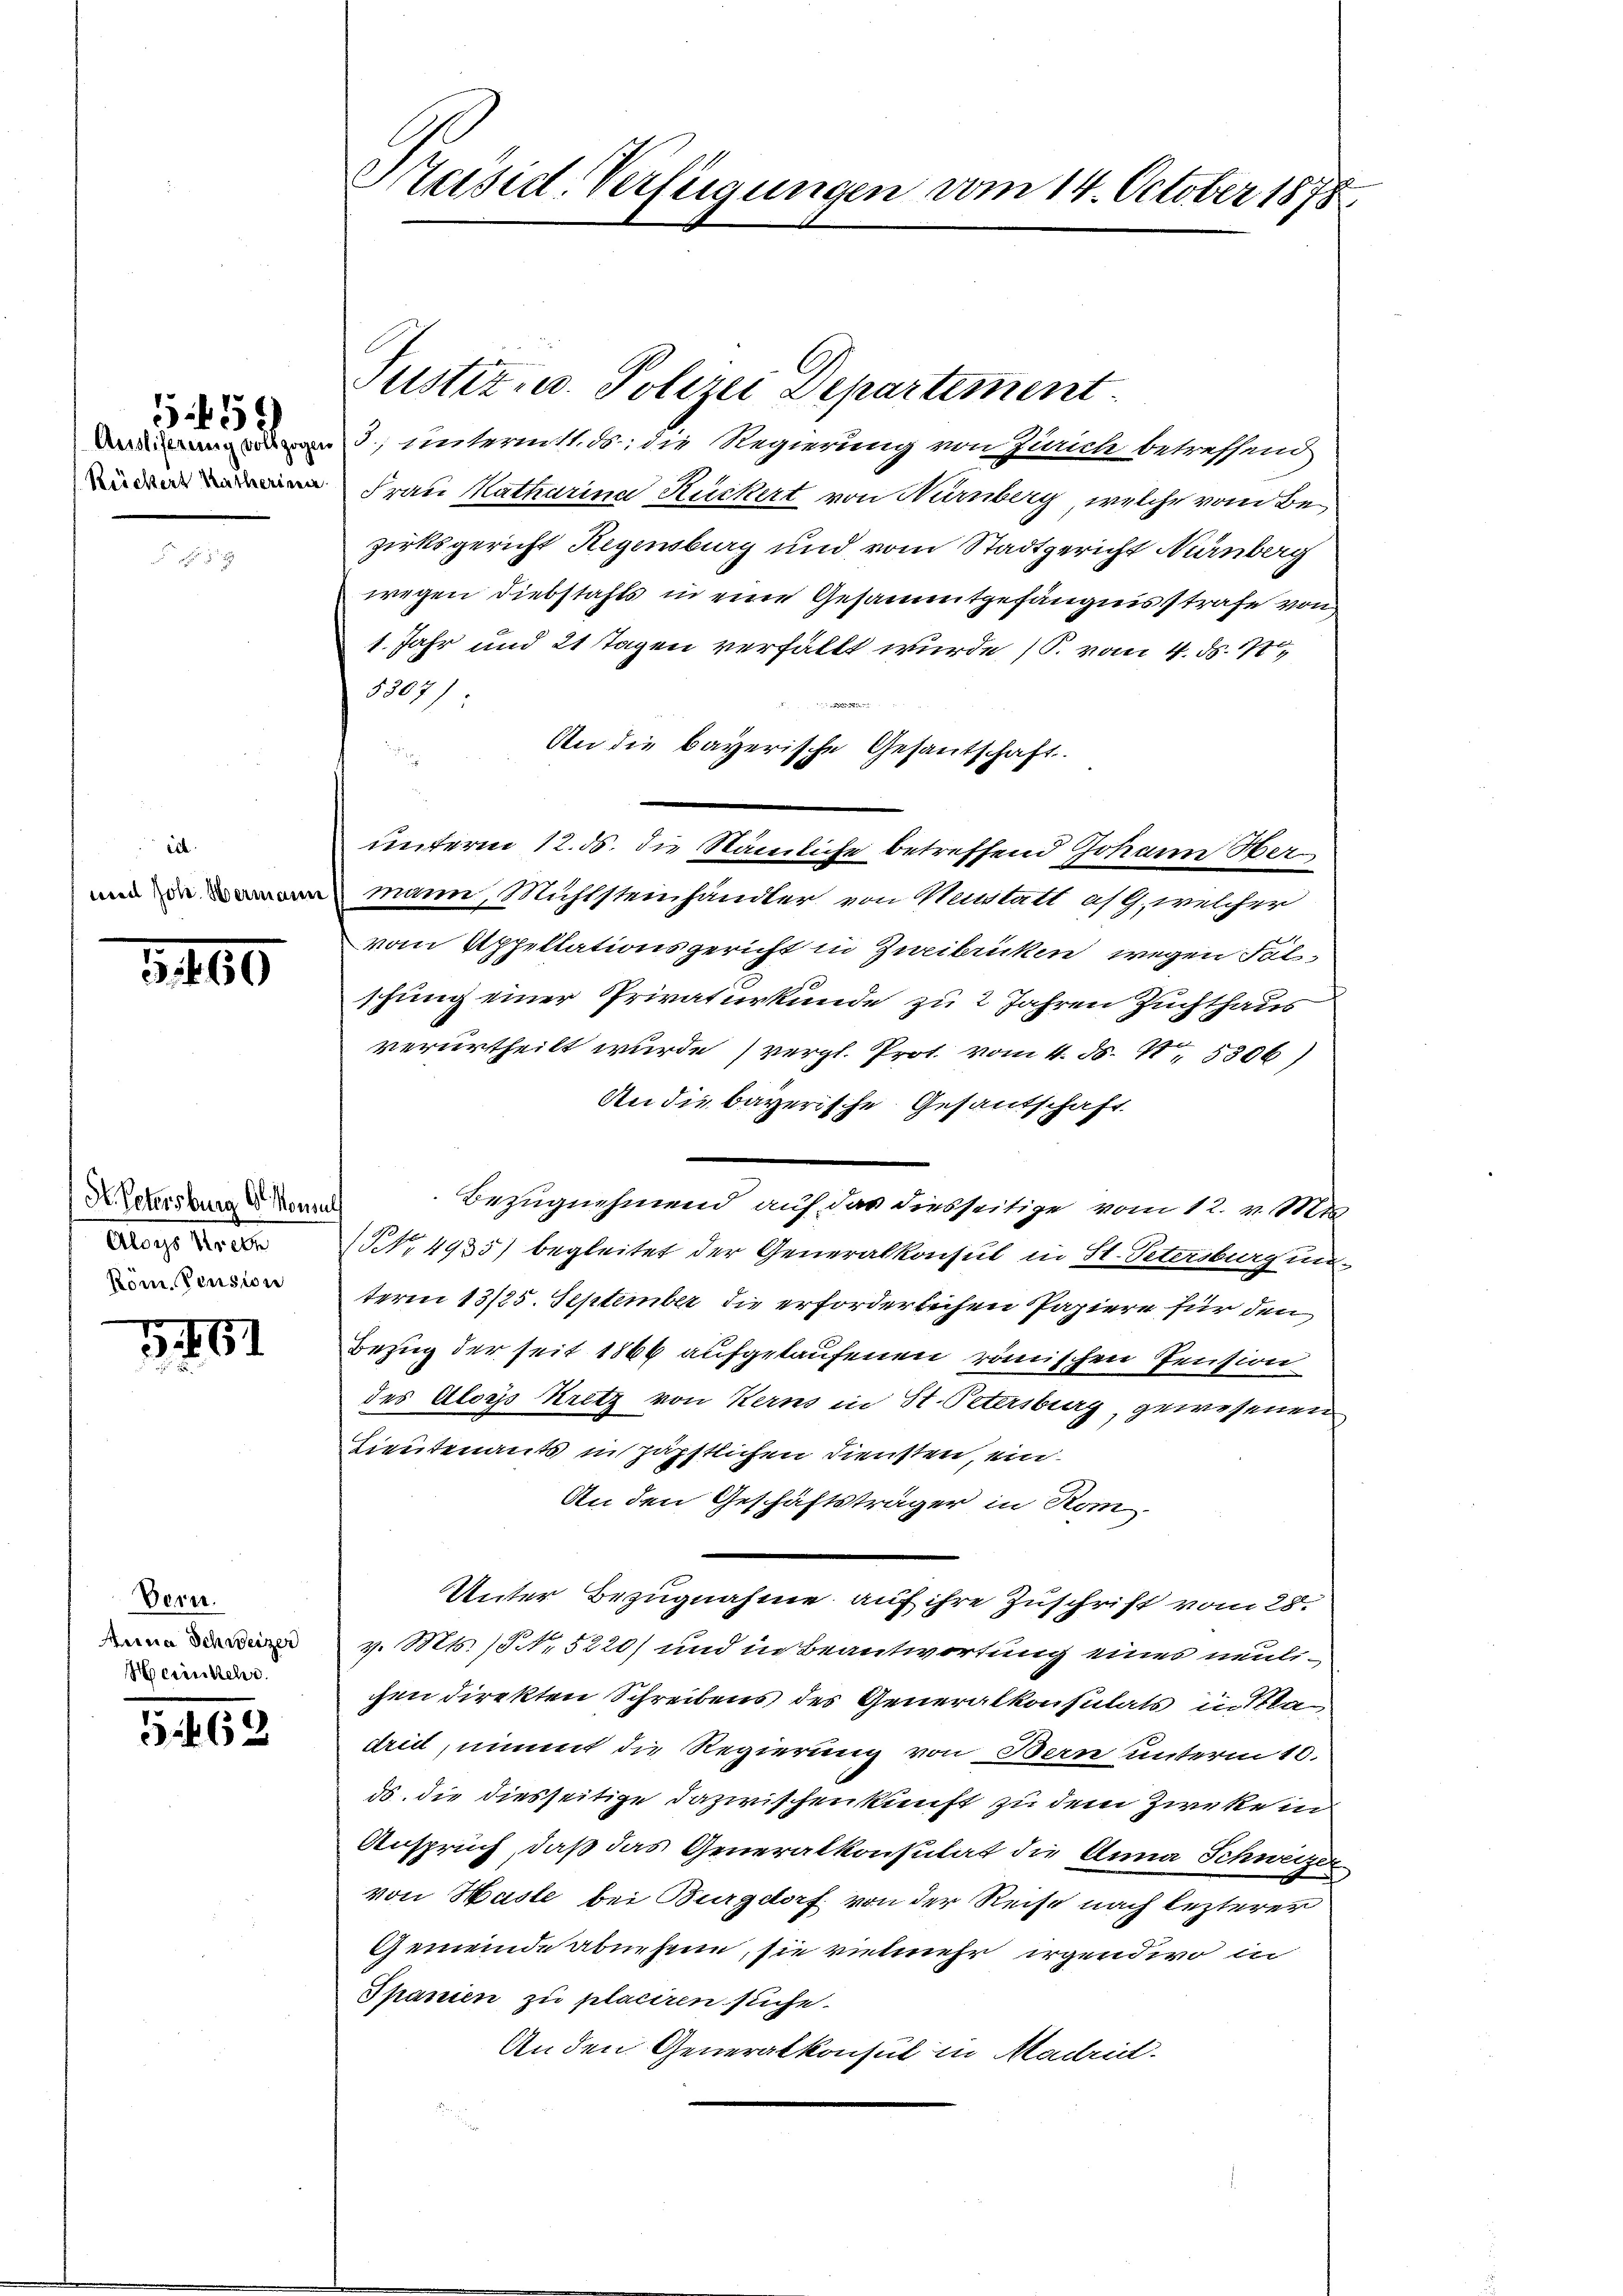
559

ech
und Joh. Hermann

3460

H Petersburg d. Konsul
Alois Mitte
Röm. Pension

5461

Dern.
Arina Schweizer
Heiinkehr.

5.462

Päisid-Verfügungen vom 14. October 1878

Justiz- u. Polizei Departement
3. unteritt. d: die Regierung von Zürich betreffend
 Frau Katharina Rückert von Nürnberg, welche vom Be-
zirksgericht Regensburg und vom Stadtgericht Nürnberg
wegen Diebstahls in eine Gesammtgefängnisstrafe von
1. Jahr und 21 Tagen verfällt wurde (S. vom 4. ds. 11
5307):
An die bayerische Gesantschaft.
unterm 12. 5. die Nämliche betreffend Johann Wermann, Mühlsteinhändler von Neustatt af G., welcher
vom Appellationsgericht in Zueibrücken wegen Falschung einer Privaturkunde zu 2 Jahren Zuchthaus
verurtheilt wurde (vergl. Prot. vom 4. d. 4. 5306)
An die bayerische Gesandschaft
Bezugnehmend auf das diesseitige vom 12. v. Mts.
NNo. 4935) begleitet der Generalkonsul in St. Petersburgung
term 13/25. September die erforderlichen Papiere für den
Bezug der seit 1866 aufgetaufenen römischen Pension
des Aloys Kretz von Kerns in St. Petersburg, gewesenen
Lieutenants in päpstlichen Diensten, ein
An den Geschäftsträger in Rom-
Unter Bezugnahme auf ihre Zuschrift vom 28.
v. Mts. /5 No 5220) und in Beantwortung eines neulichen direkten Schreibens des Generalkonsulats in Stadritt, nimmt die Regierung von Bern unterm 10.
ds. die diesseitige dazwischenkunft zu dem Zwekein
Anspruch, daß das Generalkonsulat die Anna Schweizer
von Hasle bei Burgdorf von der Reise nach lezterer
Gemeinde abwesene, sie vermehr irgendwo in
Spanien zu placiren suche.
Anden Generalkonsul in Madril.